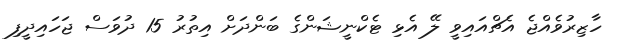
ހާޒިރުވެއްޖެ އެޗްއައިވީ ލޭ އެޅި ޓެކްނީޝަންގެ ބަންދަށް އިތުރު 15 ދުވަސް ޖަހައިދީފި